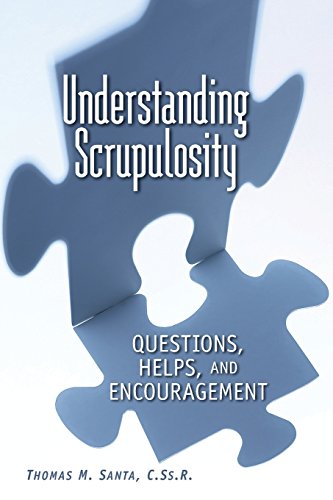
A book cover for Understanding Scrupulosity: Questions, Helps, and Encouragement; Christian Books & Bibles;